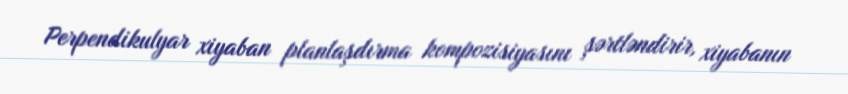
Perpendikulyar xiyaban planlaşdırma kompozisiyasını şərtləndirir, xiyabanın